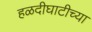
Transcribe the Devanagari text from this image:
हळदीघाटीच्या